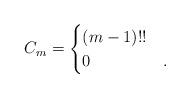
LaTeX: \begin{align*} C_m = \begin{cases} (m - 1)!! & \\ 0 & . \end{cases}\end{align*}